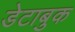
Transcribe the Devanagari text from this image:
डेटाबुक